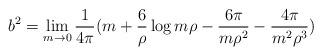
LaTeX: \begin{align*}b^{2}=\lim_{m \rightarrow 0}{1 \over 4\pi}(m+{6 \over \rho}\log m\rho-{6\pi \over m\rho^{2}}-{4\pi \over m^{2}\rho^{3}})\end{align*}